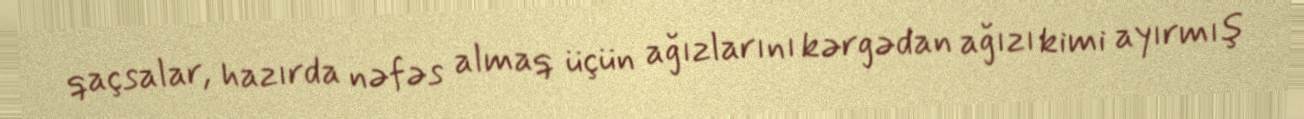
qaçsalar, hazırda nəfəs almaq üçün ağızlarını kərgədan ağızı kimi ayırmış